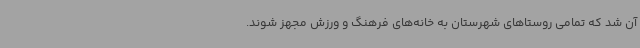
آن شد که تمامی روستاهای شهرستان به خانه‌های فرهنگ و ورزش مجهز شوند.